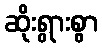
ဆိုးရွားစွာ